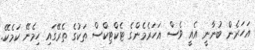
އަހަރެން ބުނާނީ އެއީ ވެސް އަހަރެމެންގެ ޓެކްޓިކްސް ތަކުގެ ތެރޭގައި ހިމެނޭ ކަމެކޭ.